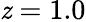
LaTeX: \mathit{z}=1.0